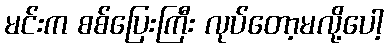
မင်းက စစ်ပြေးကြီး လုပ်တော့မလို့ပေါ့